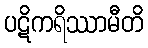
ပဋိကရိဿာမီတိ